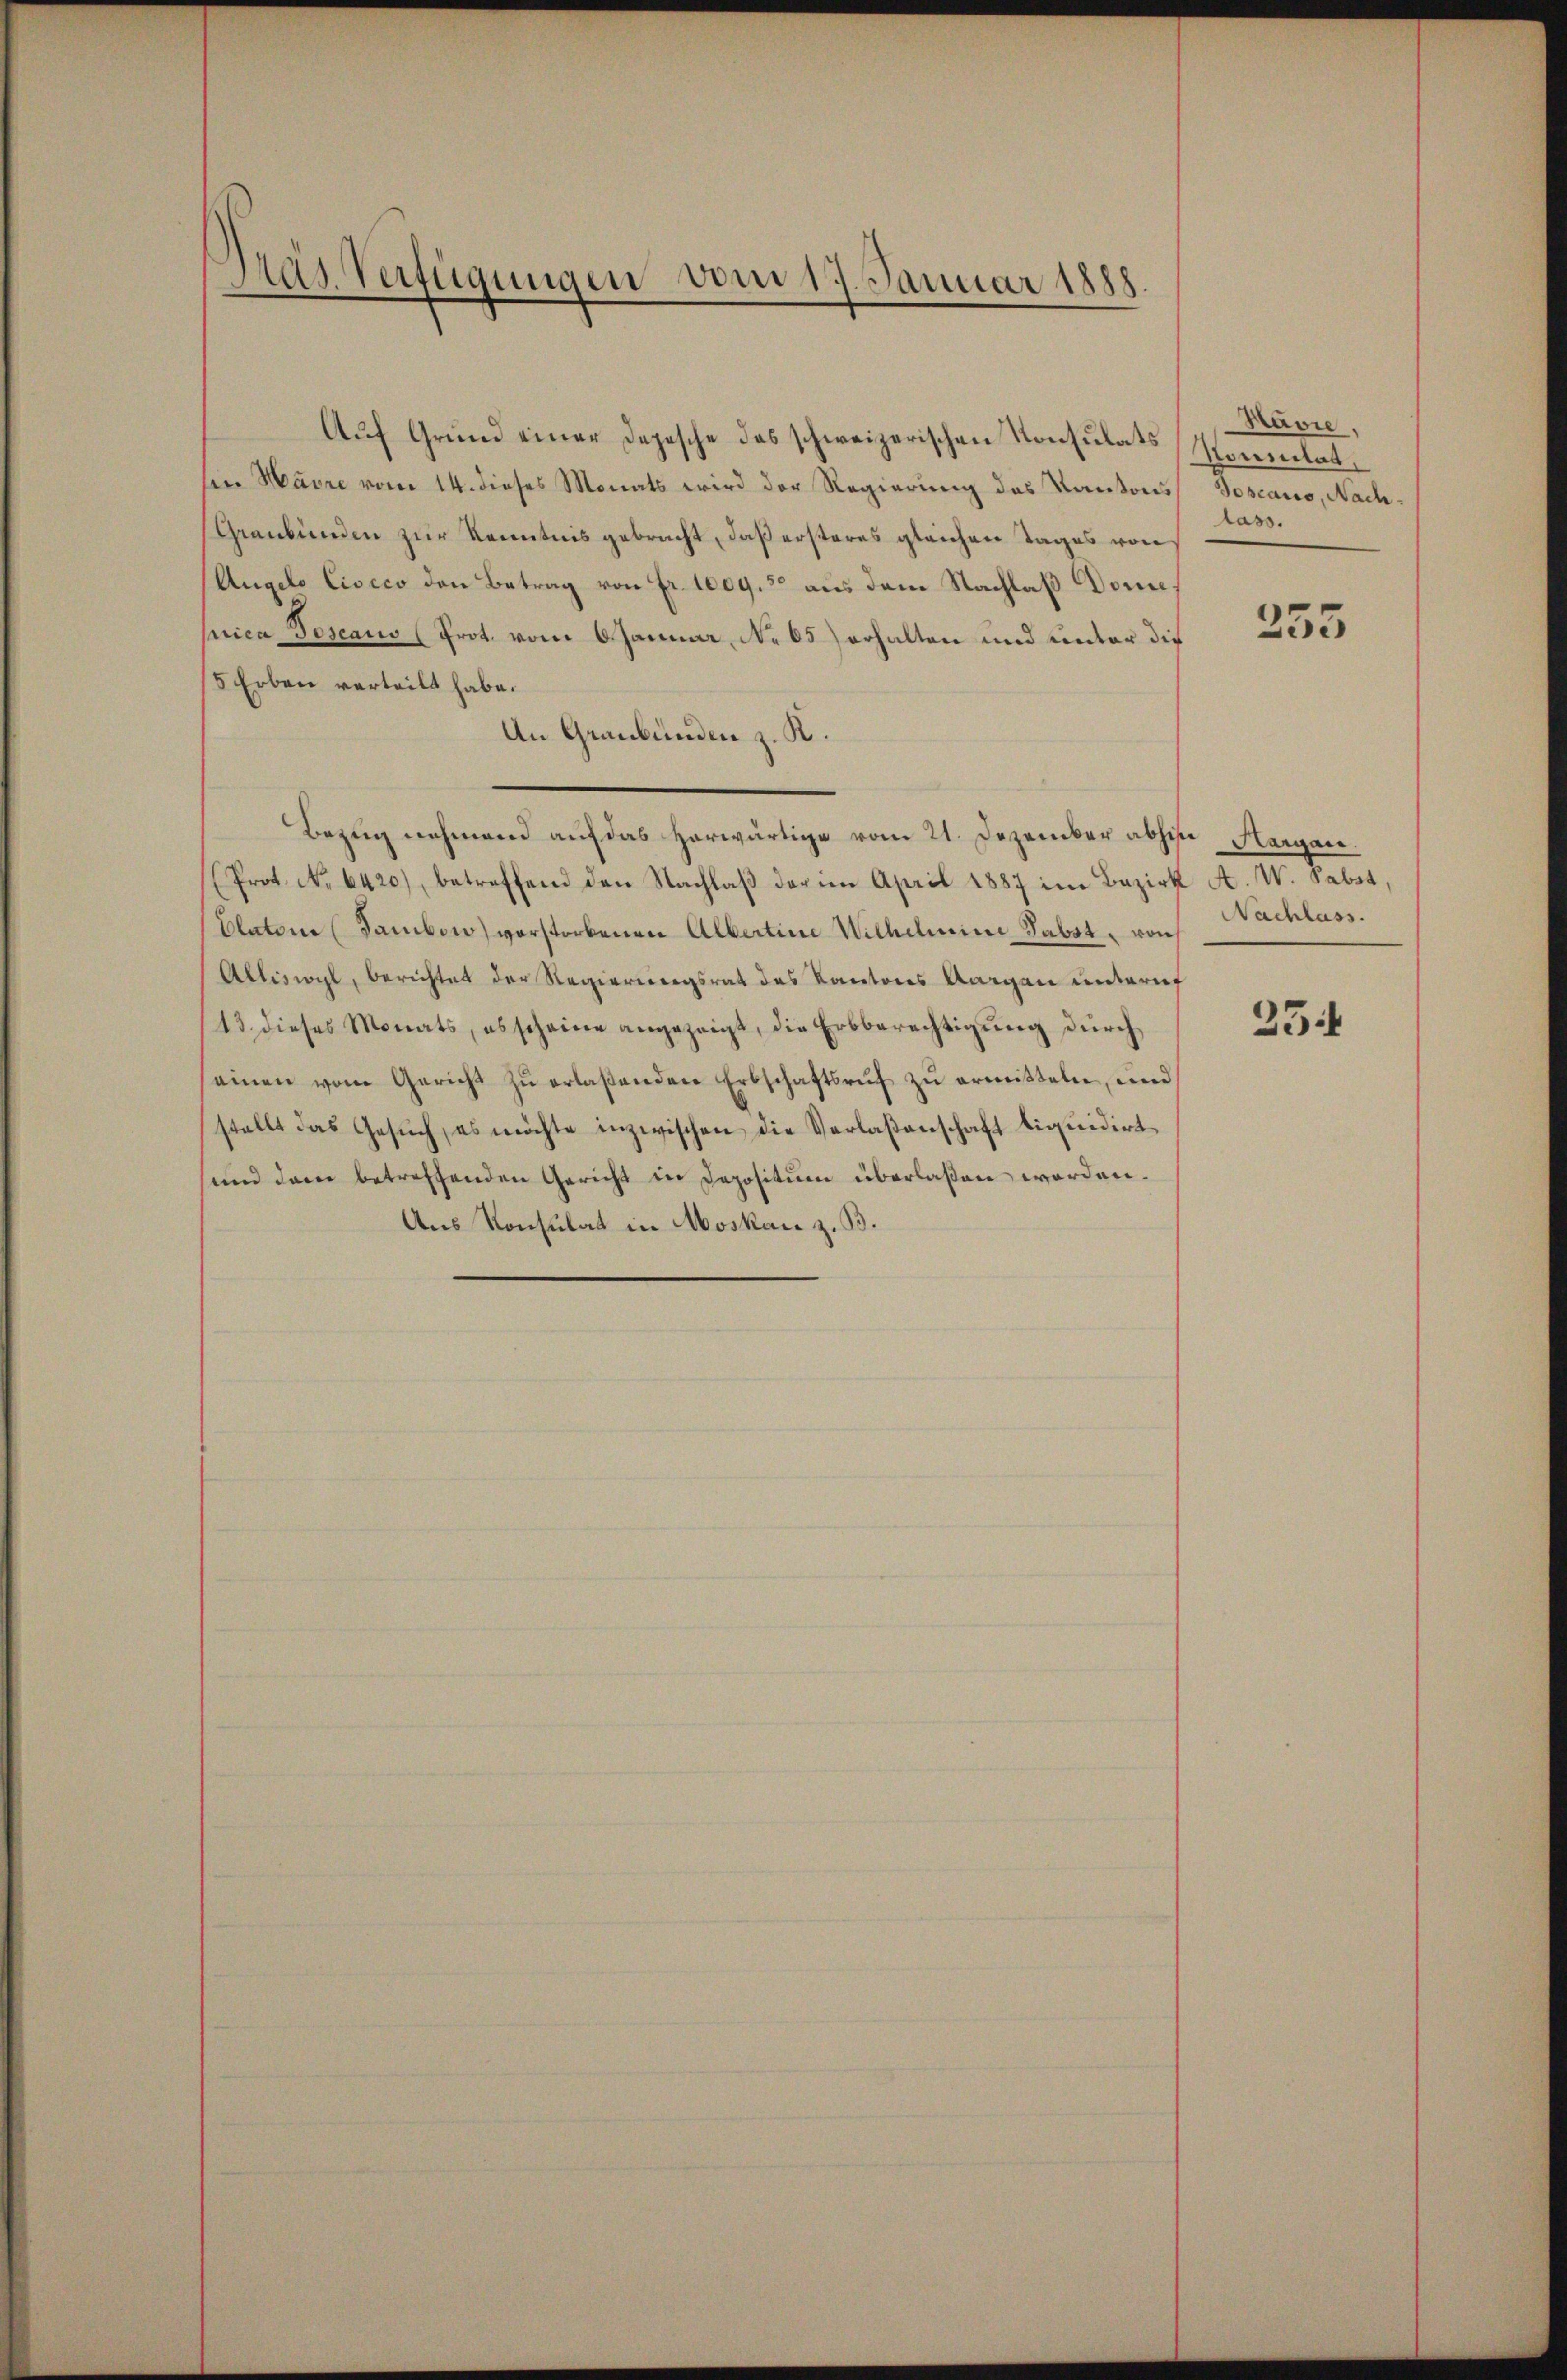
Gras Verfügungen vom 17. Januar 1888.

sin Havre vom 14. dieses Monats wird der Regierung des Kantons
Graubünden zur Kenntnis gebracht, daß ersteres gleichen Tages von
Angelo Cisico den Betrag von Fr. 1009.30 aus dem Nachlaß Dome,
jrica Toscano (Prot. vom 6. Januar, No 65) erhalten und unter die
5 Erben verteilt habe.
An Graubünden z. K.
Bezug nehmend auf das herwärtige vom 21. Dezember abhin Hergan.
(Prot. No 6420), betreffend den Nachlaß der im April 1887 im Bezirk A. W. Sabet,
Clatone (Famben) vorstorbenen Albertine Wilhelmini Subst von Nachlass.
Alliswyl, berichtet der Regierungsrat des Kantons Aargau unternf
13. dieses Monats, es scheine angezeigt, die Erbberechtigung durch
einen vom Gericht zŭ erlaßenden Erbschaftsrŭf zŭ ermitteln, und
stellt das Gesŭch, es möchte inzwischen die Verlaßenschaft liquidirt
sund dann betreffenden Gericht in Depositum überlaßen worden.
Aus Konsulat in Moskau z. B.

Auf Grund einer Depesche das schweizerischen Konsulats Sommlat¬

Bavie.
Joscario, Nachlass.

255

25